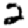
Digit: 2